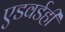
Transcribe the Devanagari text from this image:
एडवर्डही